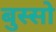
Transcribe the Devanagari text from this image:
बुस्सो